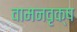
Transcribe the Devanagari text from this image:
वामनवृक्ष